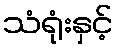
သံရုံးနှင့်